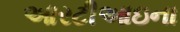
આરટીઆઇના